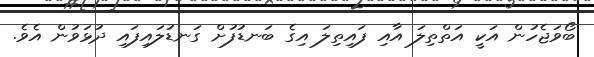
ބޯވަޖެހުން އަކީ އަތްތިލަ އާއި ފައިތިލަ އިގެ ބަނޑުފުށް ގަނޑުލައިފައި ދުޅަވުން އެވެ.